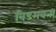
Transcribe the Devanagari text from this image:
विडमबना